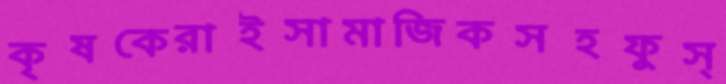
কৃষকেরাইসামাজিকসহফুস্